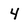
Character: 4